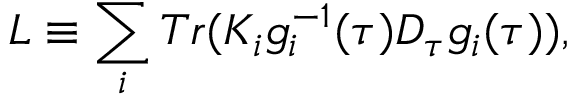
L \equiv \sum _ { i } T r ( K _ { i } g _ { i } ^ { - 1 } ( \tau ) D _ { \tau } g _ { i } ( \tau ) ) ,